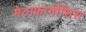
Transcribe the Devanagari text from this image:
मेटाफ़ार्मोसिस